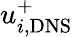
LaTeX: u_{i,\mathrm{DNS}}^{+}